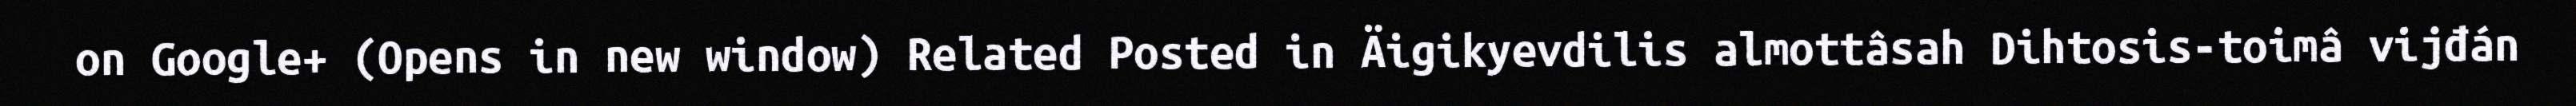
on Google+ (Opens in new window) Related Posted in Äigikyevdilis almottâsah Dihtosis-toimâ vijđán